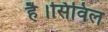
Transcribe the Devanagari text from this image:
है।सिविल